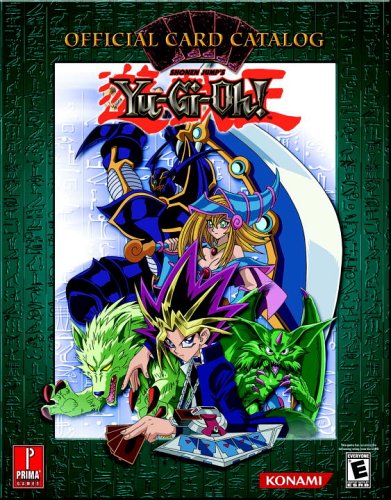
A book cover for Yu-Gi-Oh! Official Card Catalog (Prima Official Card Catalog); Stephen Stratton; Science Fiction & Fantasy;